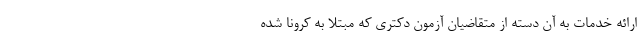
ارائه خدمات به آن دسته از متقاضیان آزمون دکتری که مبتلا به کرونا شده